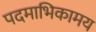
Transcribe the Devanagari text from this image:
पदमाभिकामय